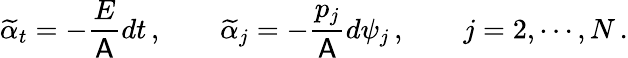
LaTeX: \widetilde{\alpha}_{t}=-\frac{E}{\mathsf{A}}dt\, ,\qquad\widetilde{\alpha}_{j}=-\frac{p_{j}}{\mathsf{A}}d\psi_{j}\, ,\qquad j=2,\cdots,N\, .